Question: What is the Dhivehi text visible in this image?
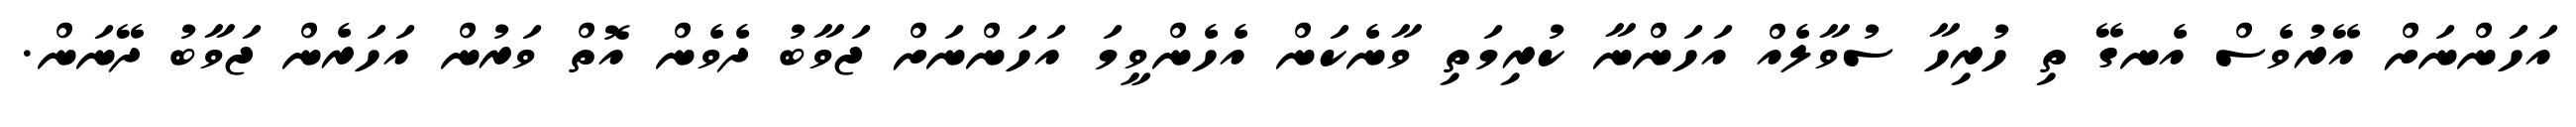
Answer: އަހަންނަށް އޭރުވެސް އެނގޭ ތި ހުރިހާ ސުވާލެއް އަހަންނާ ކުރިމަތި ވާނެކަން އެހެންވީމަ އަހަންނަށް ޖަވާބު ދެވެން އޮތް ވަރުން އަހަރެން ޖަވާބު ދޭނަން.